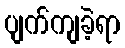
ပျက်ကျခဲ့ရာ